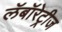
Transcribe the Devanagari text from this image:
लॅबॉरेट्रीज